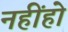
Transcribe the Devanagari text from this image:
नहींहो